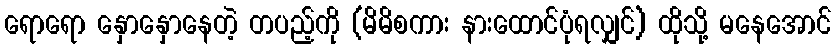
ရောရော နှောနှောနေတဲ့ တပည့်ကို (မိမိစကား နားထောင်ပုံရလျှင်) ထိုသို့ မနေအောင်